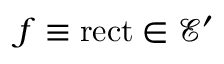
f \equiv \operatorname { r e c t } \in { \mathcal { E } } ^ { \prime }